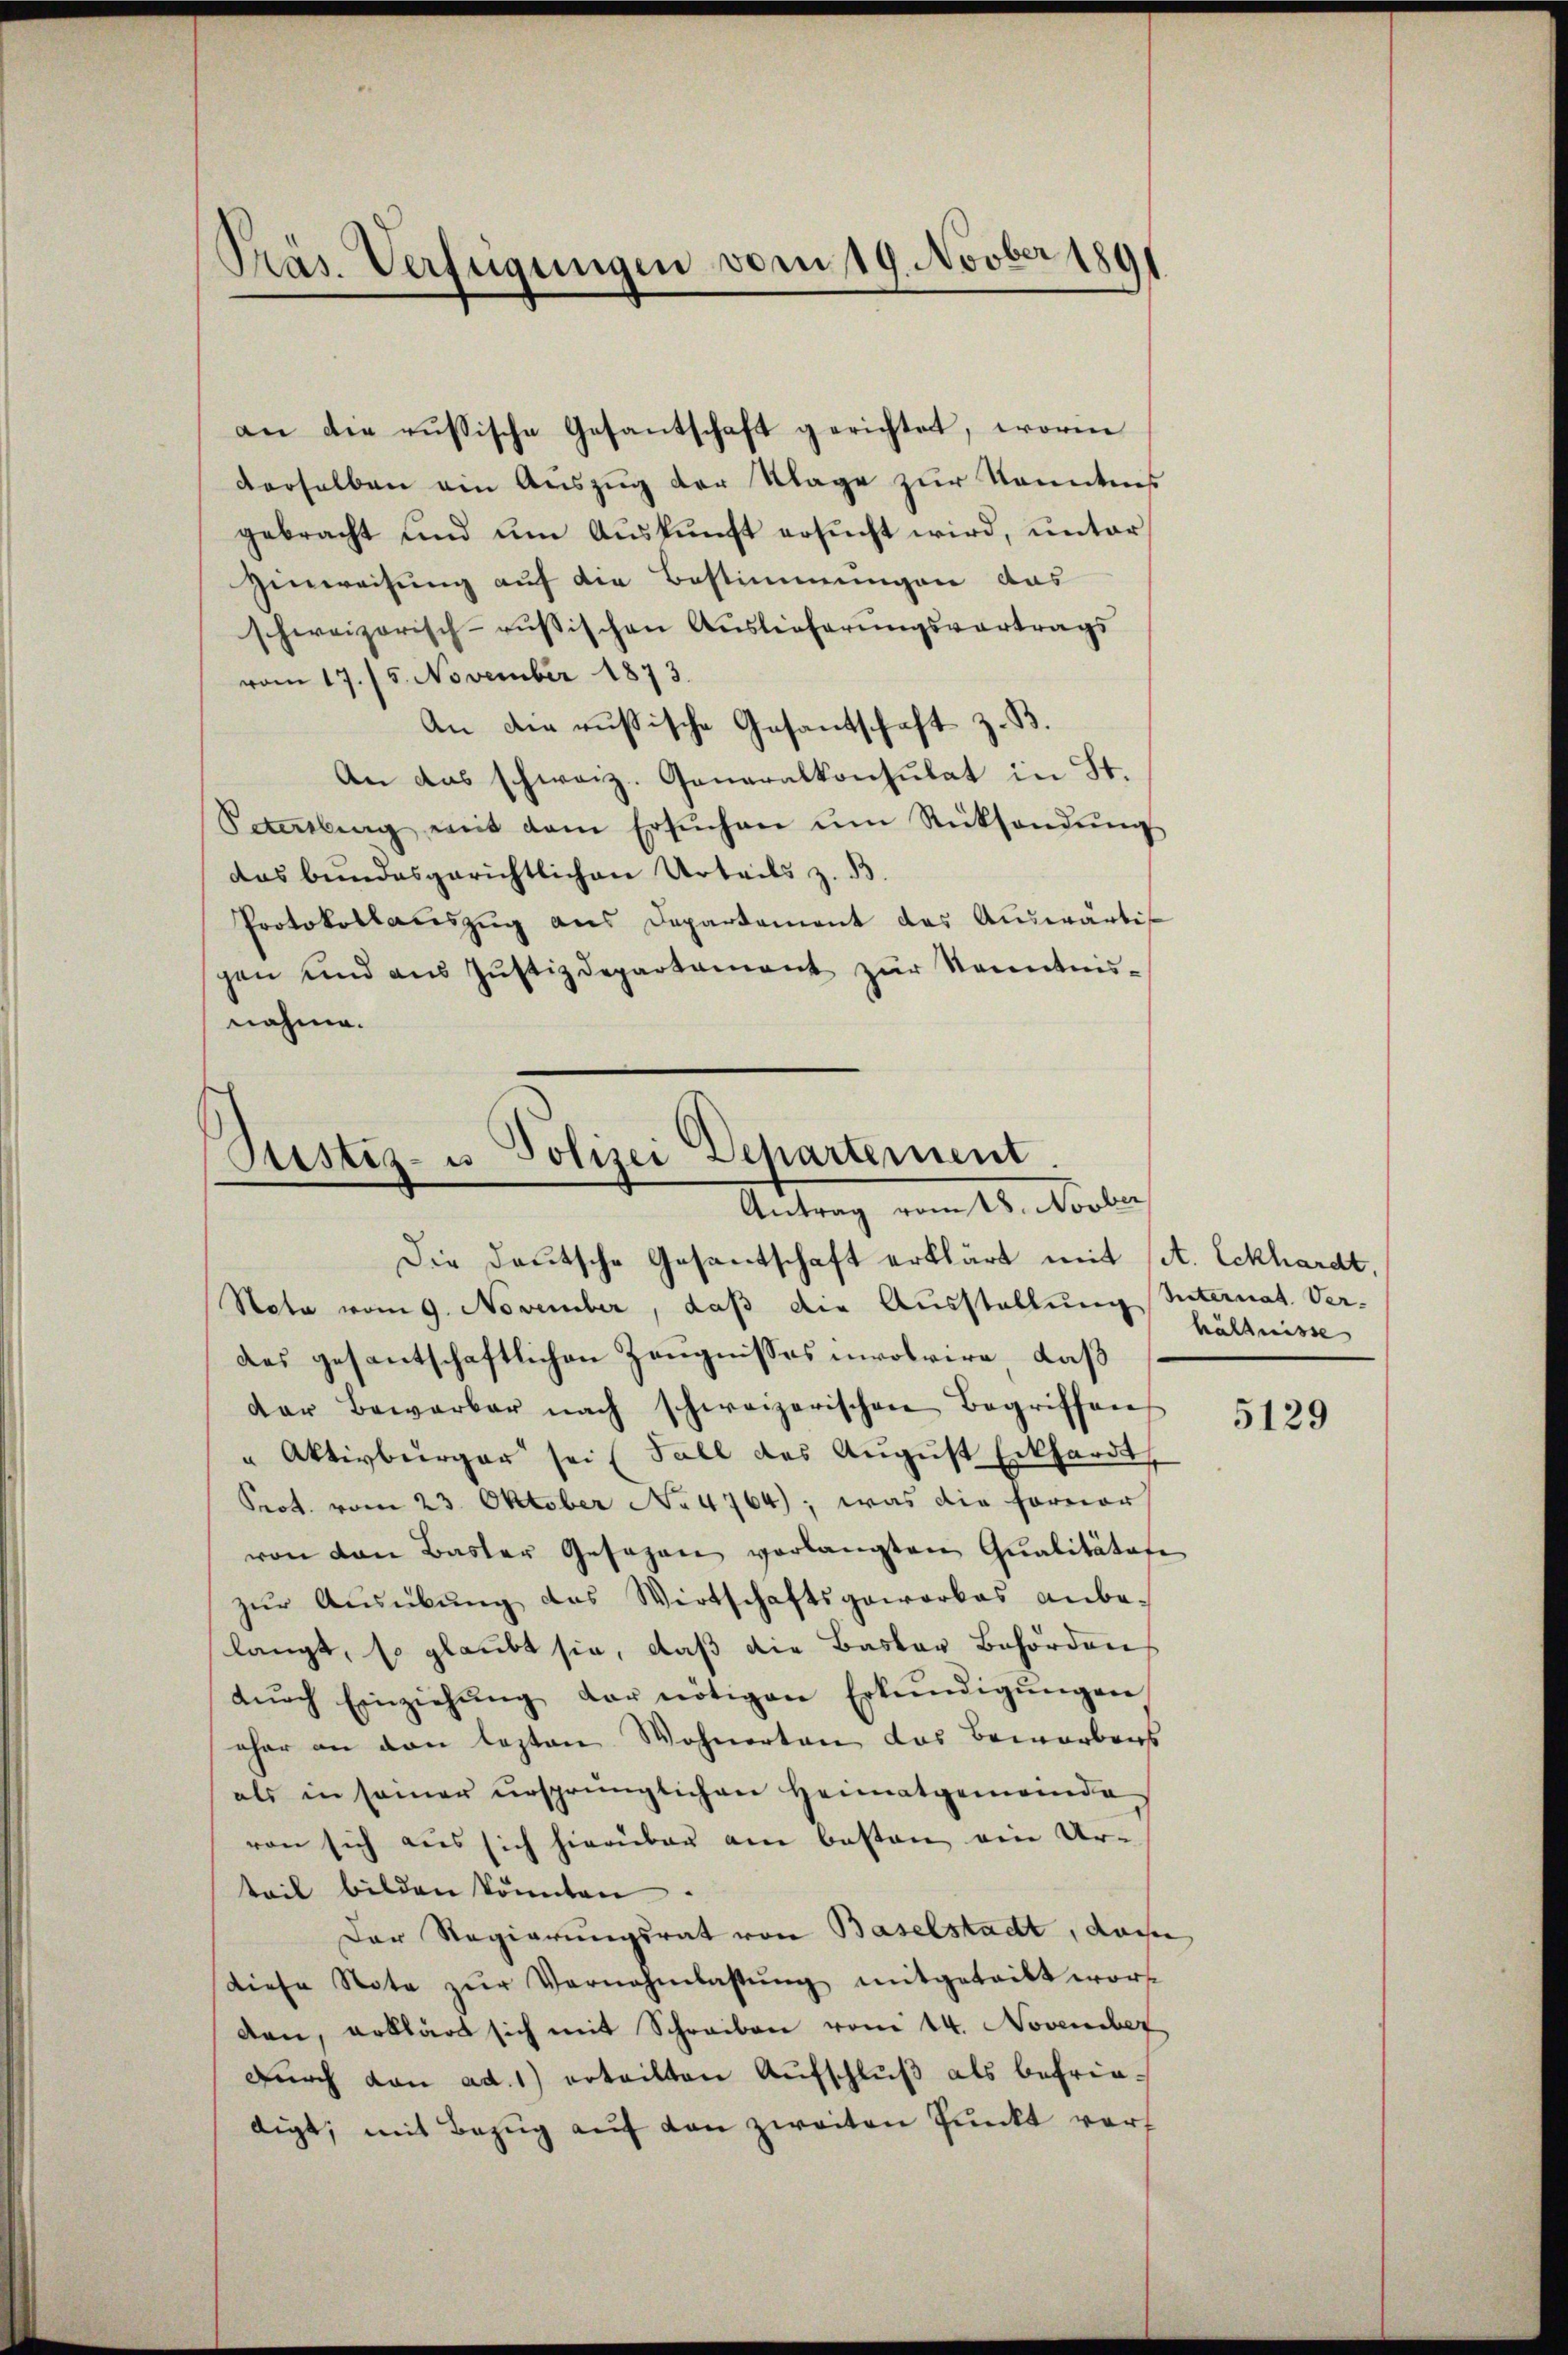
Präs. Verfügungen vom 19. Novber 1891

derselben ein Auszug der Klage zur Kenntniß
gebracht und um Auskunft ersucht wird, unter
Hinweisung auf die Bestimmungen das
schweizerisch-rusischen Auslieferungsvortrags
vom 17. 15. November 1873.
An die russische Gesandschaft z. B.
An das schweiz. Generalkonsulat in St.
Sammlung mit dem Ersŭchen ŭm Rücksendŭng
das bundesgerichtlichen Urteils z. B.
Protokollauszug aus Departement das Auswärti
gen und aŭs Jŭstizdepartament zŭr Kenntnis-
nahme.

an die russische Gesantschaft gerichtet, worin

Ptistiz- u Polizei Departement.
Antrag vom 18. Novber

Die Deutsche Gesantschaft erklärt mit sit. Eckhardt,
Nota vom 9. November, daß die Ausstellung Internat. Ver-
das gesantschaftlichen Zeugnisses unvolvire, daß
dar bewarbar nach schweizerischen Begriffen
" Aktivbürger sei (Fall des August Erkhardt,
Prot. vom 23. Oktober No 4764); was die Forner
von den Baster Gesagen verlangten Qualitätafe
zur Ausübung das Wirtschaftsgewarkas anbe-
langt, so glaubt sie, daß die Basler Behörden
dŭrch Einziehŭng der nötigen Erkŭndigŭngen
eher an den lezten Wohnerten das Bewerbens
als in seiner ursprünglichen Heimatgemeinde
von sich aus sich hierüber am besten ein Ur-
teil bilden könnten.
Der Regierungsrat von Baselstadt, dassen
diese Note zŭr Vernehmlassŭng mitgeteilt wor-
den, erklärt sich mit Schreiben vom 14. November
Durch von ad. 1) erteilten Aufschluß als befriedigt, mit Bezug auf von zweiten Punkt vorf

hältnisse |

5129